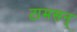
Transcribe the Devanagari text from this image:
टामसन्